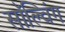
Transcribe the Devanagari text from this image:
सॉल्विंग